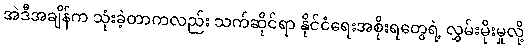
အဲဒီအချိန်က သုံးခဲ့တာကလည်း သက်ဆိုင်ရာ နိုင်ငံရေးအစိုးရတွေရဲ့ လွှမ်းမိုးမှုလို့